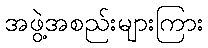
အဖွဲ့အစည်းများကြား